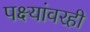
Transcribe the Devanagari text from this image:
पक्ष्यांवरही